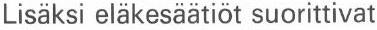
Lisäksi eläkesäätiöt suorittivat